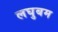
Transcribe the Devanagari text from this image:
लघुबम